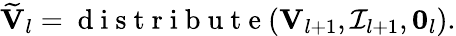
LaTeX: \widetilde{\mathbf V}_{l}=\mathrm{~d~i~s~t~r~i~b~u~t~e~}({\mathbf V}_{l+1},{\cal I}_{l+1},{\mathbf 0}_{l}).